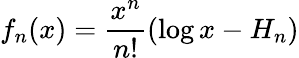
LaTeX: f_{n}(x)={\frac{x^{n}}{n!}}(\log x-H_{n})